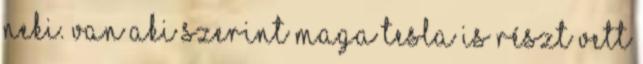
neki. Van aki szerint maga Tesla is részt vett